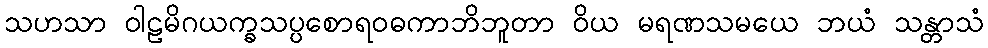
သဟသာ ဝါဠမိဂယက္ခသပ္ပစောရဝဓကာဘိဘူတာ ဝိယ မရဏသမယေ ဘယံ သန္တာသံ